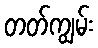
တတ်ကျွမ်း